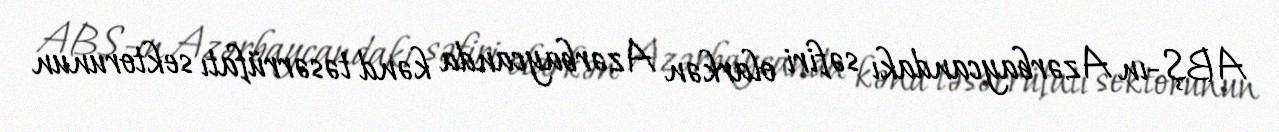
ABŞ-ın Azərbaycandakı səfiri olarkən Azərbaycanda kənd təsərrüfatı sektorunun